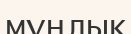
мұңлық